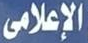
الإعلامي